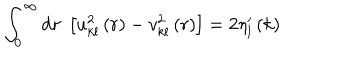
LaTeX: \int _ { 0 } ^ { \infty } \mathrm { d } r \; \left[ u _ { k l } ^ { 2 } \left( r \right) - v _ { k l } ^ { 2 } \left( r \right) \right] = 2 \eta _ { l } ^ { \prime } \left( k \right)